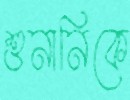
শুনানিকে